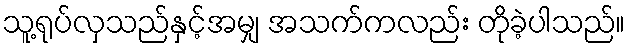
သူ့ရုပ်လှသည်နှင့်အမျှ အသက်ကလည်း တိုခဲ့ပါသည်။